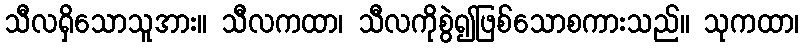
သီလရှိသောသူအား။ သီလကထာ၊ သီလကိုစွဲ၍ဖြစ်သောစကားသည်။ သုကထာ၊